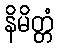
နိမိတ္တံ